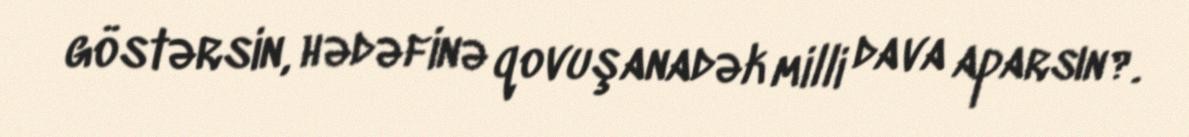
göstərsin, hədəfinə qovuşanadək milli dava aparsın?.